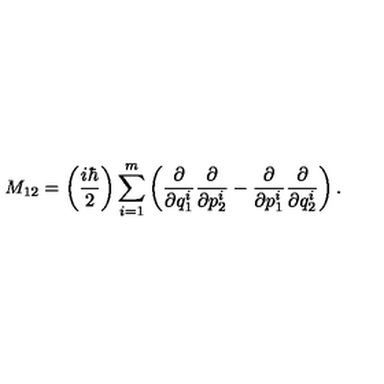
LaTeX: M _ { 1 2 } = \left( \frac { i \hbar } { 2 } \right) \sum _ { i = 1 } ^ { m } \left( \frac { \partial } { \partial q _ { 1 } ^ { i } } \frac { \partial } { \partial p _ { 2 } ^ { i } } - \frac { \partial } { \partial p _ { 1 } ^ { i } } \frac { \partial } { \partial q _ { 2 } ^ { i } } \right) .